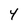
Character: 4